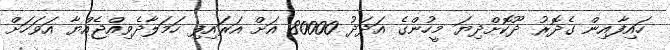
ހައިފާއިން ގެދޮރު ދޫކޮށްދިޔަ މީހުންގެ އަދަދު 80000 އަށް އަރައިފި ހަމަލާދެވިއްޖެއްޔާ އަވަހަށް